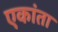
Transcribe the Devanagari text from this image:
एकांता